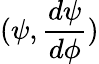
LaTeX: (\psi,\frac{d\psi}{d\phi})